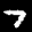
Label: 7